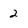
Character: 2